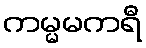
ကမ္မမကရီ